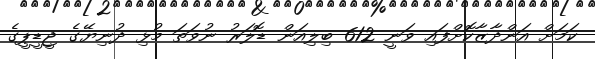
ކަމަށް އަންދާޒާކޮށްފައި ވަނީ 612 ބިލިއަން ޑޮލަރު ނުވަތަ މުޅި ދުނިޔޭގެ ޖީޑީޕީގެ